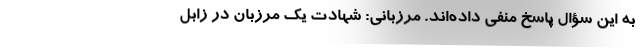
به این سؤال پاسخ منفی داده‌اند. مرزبانی: شهادت یک مرزبان در زابل